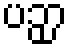
ပဉှာ